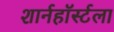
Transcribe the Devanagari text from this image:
शार्नहॉर्स्टला